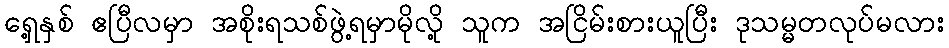
ရှေ့နှစ် ဧပြီလမှာ အစိုးရသစ်ဖွဲ့ရမှာမိုလို့ သူက အငြိမ်းစားယူပြီး ဒုသမ္မတလုပ်မလား